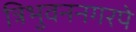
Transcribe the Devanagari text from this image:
त्रिभुवननगरपे